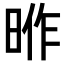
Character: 𭦎